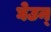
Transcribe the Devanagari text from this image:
घेउन्